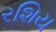
રશિય